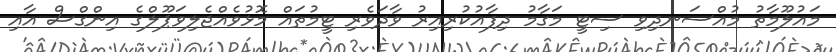
މައުލޫމާތު މުއްސަނދިވި ސިޓީ މަގާމު ދިފާއުކުރިއިރު ވާދަވެރި ޓީމުތައް މޮޅުވެއްޖެލިވަޕޫލްގެ އިންގްސް އާއި